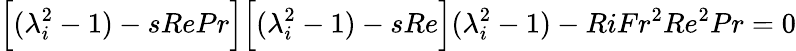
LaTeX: \Big[(\lambda_{i}^{2}-1)-sRePr\Big]\Big[(\lambda_{i}^{2}-1)-sRe\Big](\lambda_{i}^{2}-1)-RiFr^{2}Re^{2}Pr=0